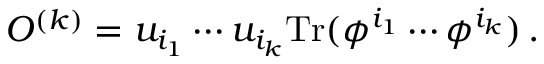
{ \cal O } ^ { ( k ) } = u _ { i _ { 1 } } \cdots u _ { i _ { k } } \mathrm { T r } ( \phi ^ { i _ { 1 } } \cdots \phi ^ { i _ { k } } ) \, .